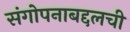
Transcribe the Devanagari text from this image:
संगोपनाबद्दलची